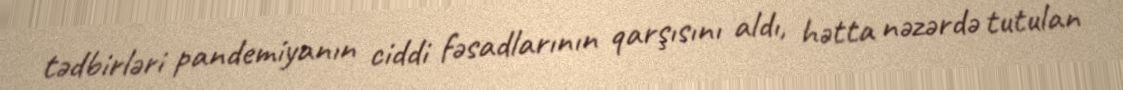
tədbirləri pandemiyanın ciddi fəsadlarının qarşısını aldı, hətta nəzərdə tutulan